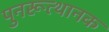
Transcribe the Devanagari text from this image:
पुनरूत्थानक